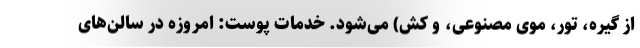
از گیره، تور، موی مصنوعی، و کش) می‌شود. خدمات پوست: امروزه در سالن‌های